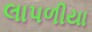
લાપળીયા